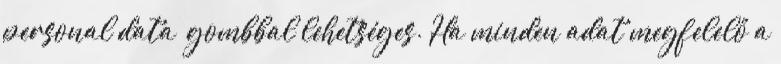
personal data” gombbal lehetséges. Ha minden adat megfelelő a